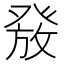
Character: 𰤑